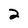
Character: 2